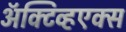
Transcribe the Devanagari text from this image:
ॲक्टिव्हएक्स